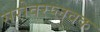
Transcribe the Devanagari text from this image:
सरोवरप्लवक